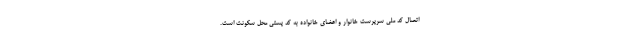
اتصال کد ملی سرپرست خانوار و اعضای خانواده به کد پستی محل سکونت است.